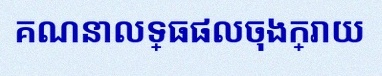
គណនាលទ្ធផលចុងក្រោយ